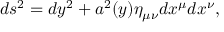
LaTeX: d s ^ { 2 } = d y ^ { 2 } + a ^ { 2 } ( y ) \eta _ { \mu \nu } d x ^ { \mu } d x ^ { \nu } ,